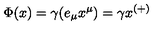
\Phi ( x ) = \gamma ( e _ { \mu } x ^ { \mu } ) = \gamma x ^ { ( + ) }